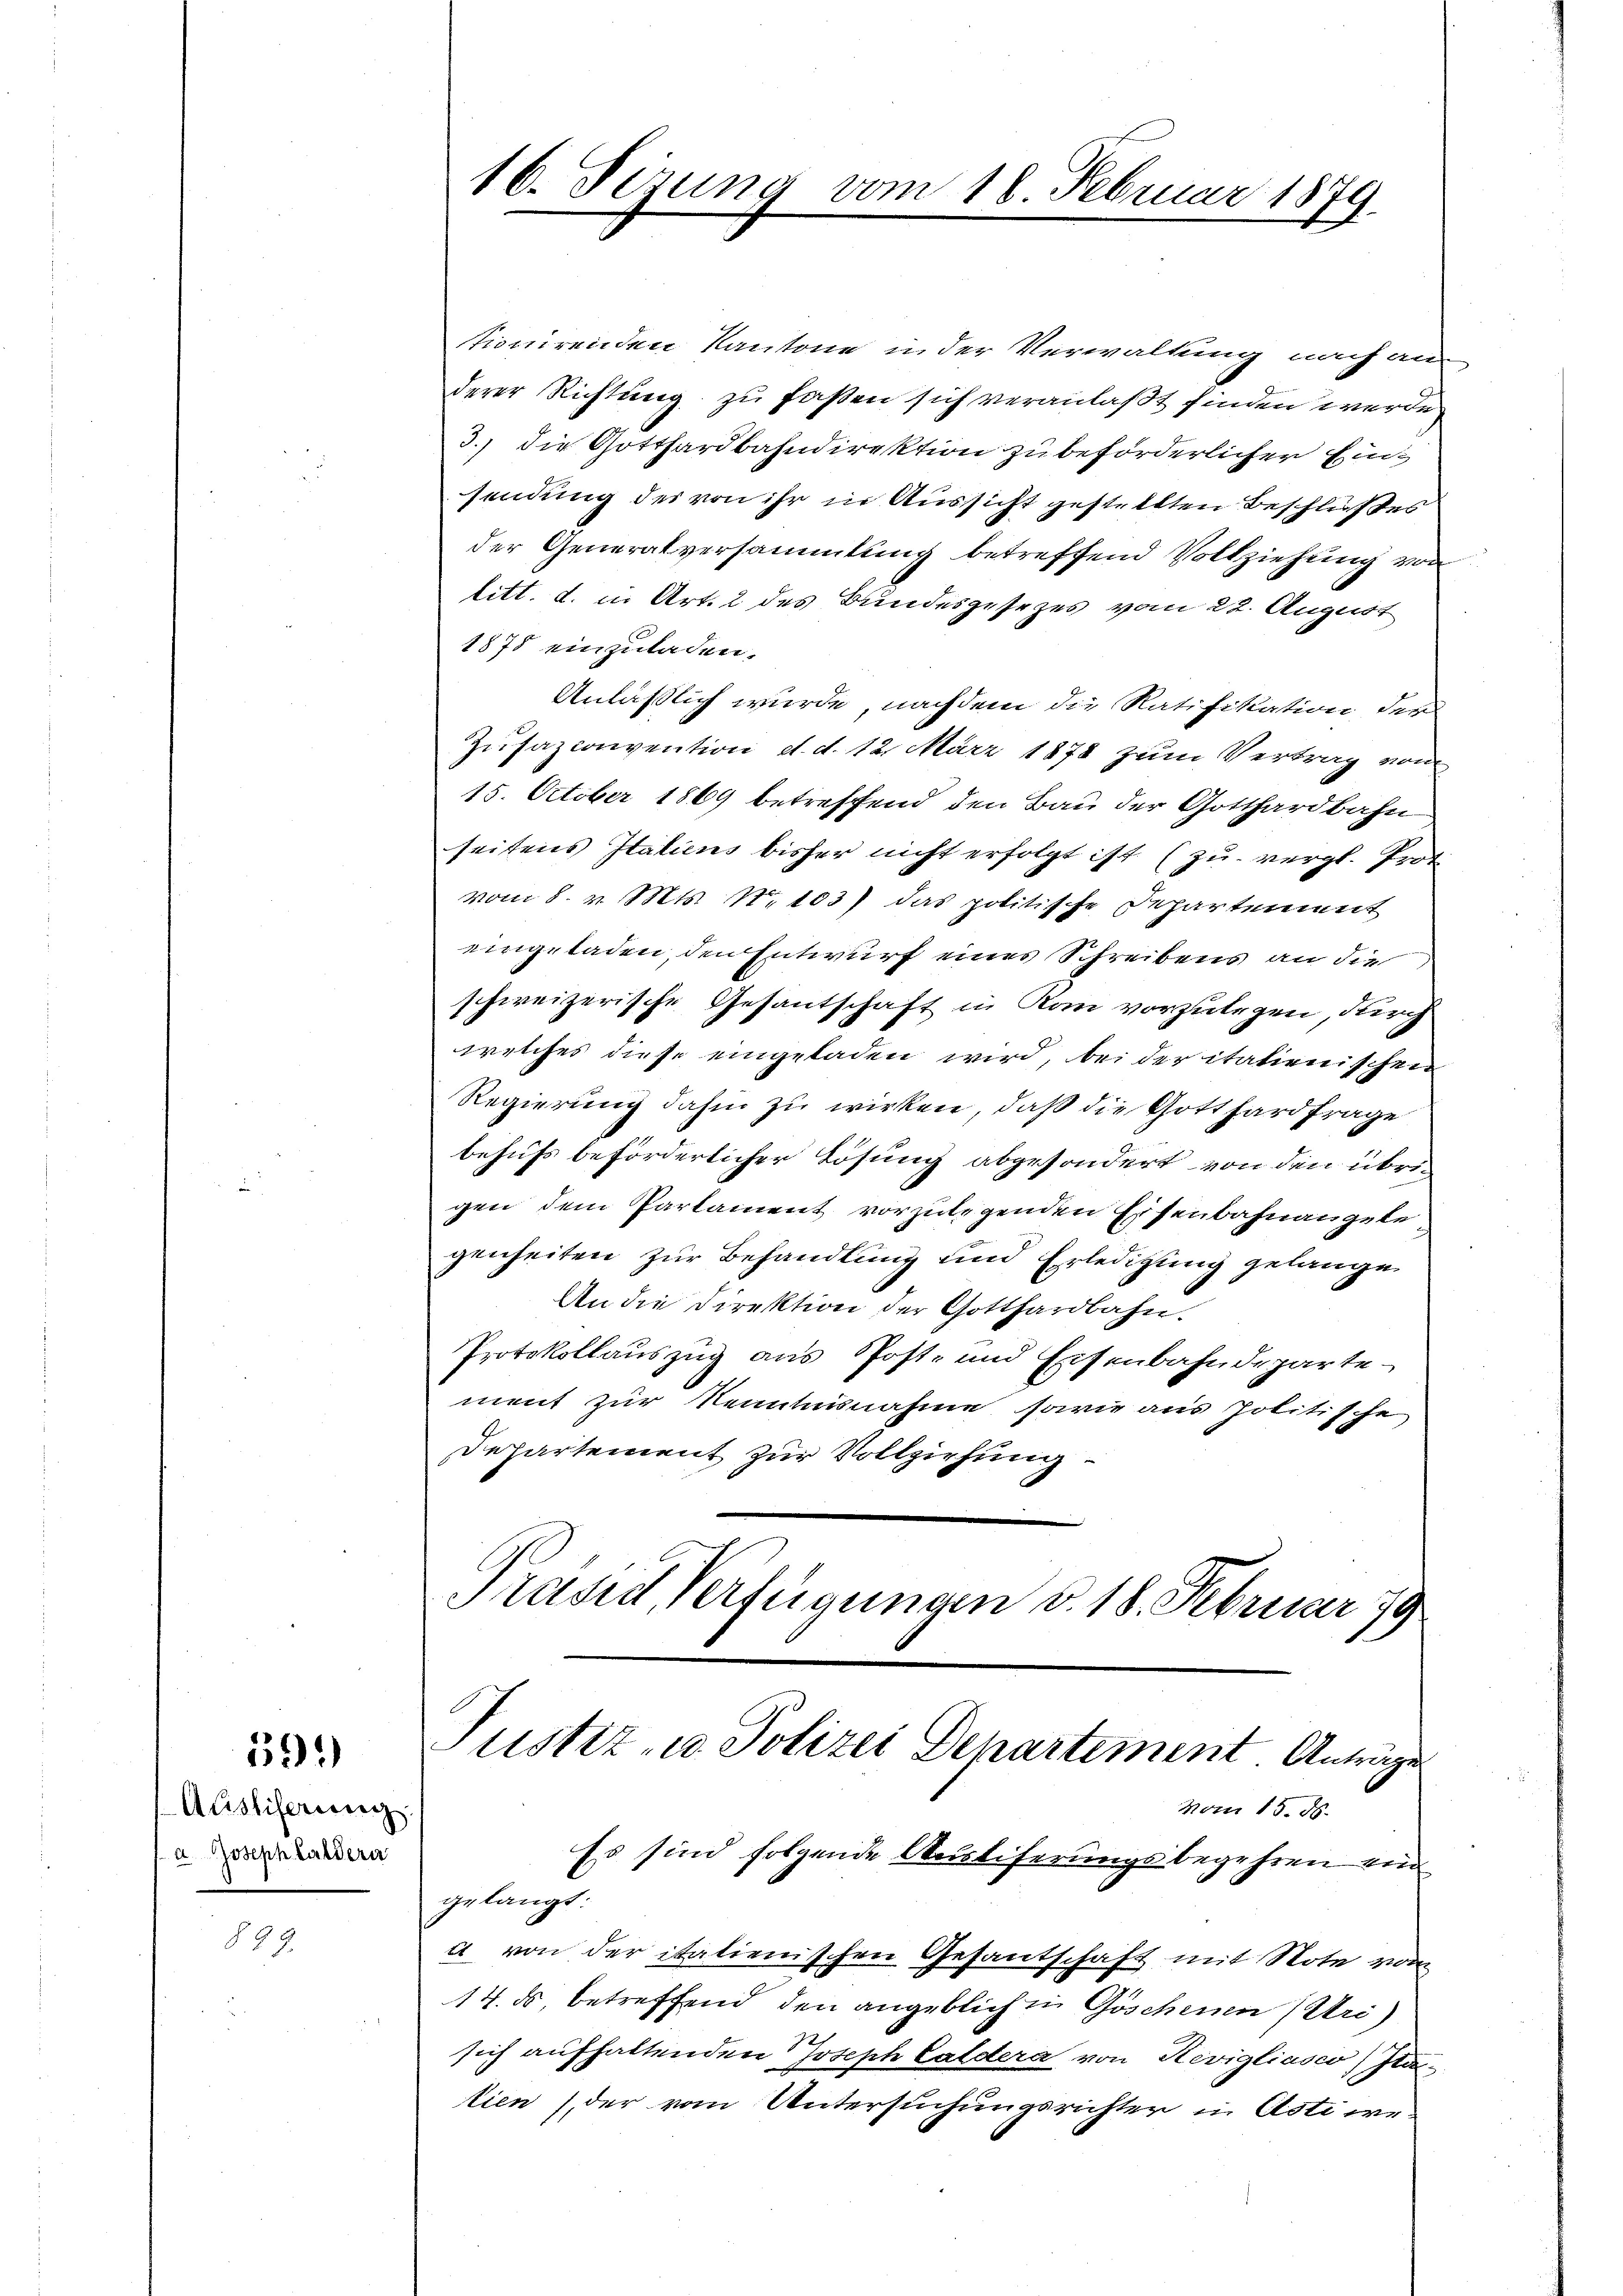
59.)

Aristiferiren
a. Joseph Haldern

22.

tionirenden Kantone in der Verwaltung nach an-
derer Richtung zu faßen sich veranlaßt finden werde
3.) die Gotthardbahndirektion zu beförderlicher Einsendung des von ihr in Aussicht gestellten Beschlußes
der Generalversammlung betreffend Vollziehung von
titt. d. in Art. 2 des Bundesgesezes vom 22. August
1878 einzuladen.
Anläßlich wurde, nachdem die Ratifikation der
Zusazconvention d. d. 12. März 1878 zum Vertrag vom
15. October 1869 betreffend den Bau der Gotthardbahn
seitens Italiens bisher nicht erfolgt ist (zu vergl. Prot
vom 8. v. Mts. No 103) das politische Departement
eingeladen, den Entwurf eines Schreibens an die
schweizerische Gesantschaft in Kan vorzulegen, durch
welches diese eingeladen wird, bei der italienischen
Regierung dahin zu wirken, daß die Gotthardfrage
behufs beförderlicher Lösung abgesondert von den übrigen dem Parlament vorzulegenden Eisenbahnangele
genheiten zur Behandlung und Erledigung gelange
An die Direktion der Gotthardbahn.
Protokollauszug aus Post- und Eisenbahndepartement zur Kenntnisnahme sowie aus politische
Departement zur Vollziehung
Prasie Verfügungen d. 18. Februar 179

16. Sezung vom 18. Februar 1879

Es sind folgende Ausliferungsbegehren ein

Justiz- u. Polizei Departement Anträge
vom 15. d.

gelangt:
a von der italienischen Gesantschaft mit Note von
14. ds., betreffend den angeblich in Göschenen (Uri)
sich aufhaltenden Joseph Caldera von Revigliasco, Itatien (der vom Untersuchungsrichter in Asti we¬